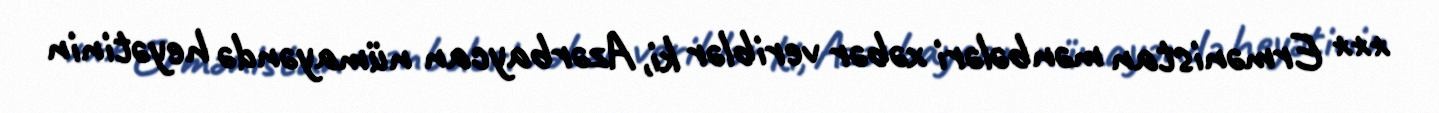
*** Ermənistan mənbələri xəbər veriblər ki, Azərbaycan nümayəndə heyətinin